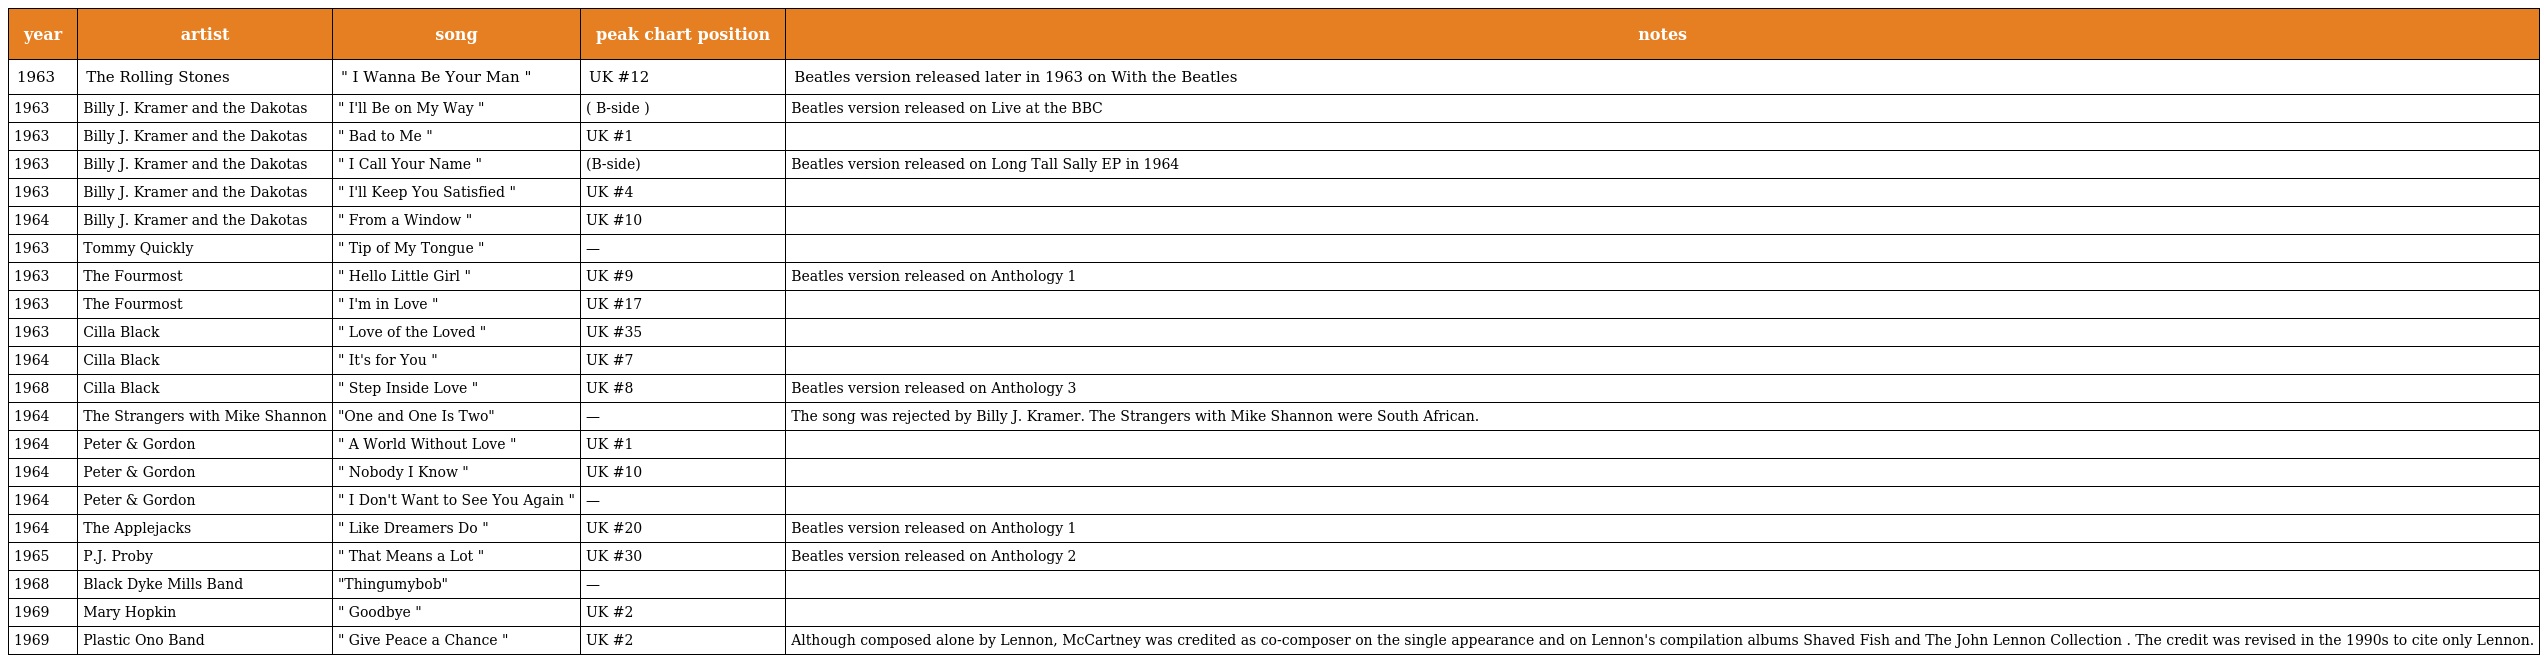
| year | artist | song | peak chart position | notes |
 | --- | --- | --- | --- | --- |
 | 1963 | The Rolling Stones | " I Wanna Be Your Man " | UK #12 | Beatles version released later in 1963 on With the Beatles |
 | 1963 | Billy J. Kramer and the Dakotas | " I'll Be on My Way " | ( B-side ) | Beatles version released on Live at the BBC |
 | 1963 | Billy J. Kramer and the Dakotas | " Bad to Me " | UK #1 |  |
 | 1963 | Billy J. Kramer and the Dakotas | " I Call Your Name " | (B-side) | Beatles version released on Long Tall Sally EP in 1964 |
 | 1963 | Billy J. Kramer and the Dakotas | " I'll Keep You Satisfied " | UK #4 |  |
 | 1964 | Billy J. Kramer and the Dakotas | " From a Window " | UK #10 |  |
 | 1963 | Tommy Quickly | " Tip of My Tongue " | — |  |
 | 1963 | The Fourmost | " Hello Little Girl " | UK #9 | Beatles version released on Anthology 1 |
 | 1963 | The Fourmost | " I'm in Love " | UK #17 |  |
 | 1963 | Cilla Black | " Love of the Loved " | UK #35 |  |
 | 1964 | Cilla Black | " It's for You " | UK #7 |  |
 | 1968 | Cilla Black | " Step Inside Love " | UK #8 | Beatles version released on Anthology 3 |
 | 1964 | The Strangers with Mike Shannon | "One and One Is Two" | — | The song was rejected by Billy J. Kramer. The Strangers with Mike Shannon were South African. |
 | 1964 | Peter & Gordon | " A World Without Love " | UK #1 |  |
 | 1964 | Peter & Gordon | " Nobody I Know " | UK #10 |  |
 | 1964 | Peter & Gordon | " I Don't Want to See You Again " | — |  |
 | 1964 | The Applejacks | " Like Dreamers Do " | UK #20 | Beatles version released on Anthology 1 |
 | 1965 | P.J. Proby | " That Means a Lot " | UK #30 | Beatles version released on Anthology 2 |
 | 1968 | Black Dyke Mills Band | "Thingumybob" | — |  |
 | 1969 | Mary Hopkin | " Goodbye " | UK #2 |  |
 | 1969 | Plastic Ono Band | " Give Peace a Chance " | UK #2 | Although composed alone by Lennon, McCartney was credited as co-composer on the single appearance and on Lennon's compilation albums Shaved Fish and The John Lennon Collection . The credit was revised in the 1990s to cite only Lennon. |